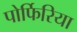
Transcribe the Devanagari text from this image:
पोर्फिरिया